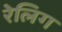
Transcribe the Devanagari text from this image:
रेलिग